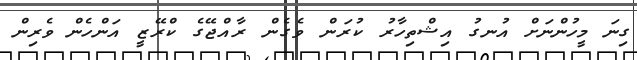
ގިނަ މީހުންނަށް އުނގު އިޝްތިހާރު ކުރަން ވެގެން ރާއްޖޭގެ ކްރޭޒީ އަންހެން ވެރިން